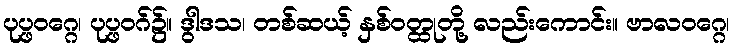
ပုပ္ဖဝဂ္ဂေ၊ ပုပ္ဖဝဂ်၌။ ဒွါဒသ၊ တစ်ဆယ့် နှစ်ဝတ္ထုတို့ လည်းကောင်း။ ဗာလဝဂ္ဂေ၊